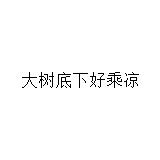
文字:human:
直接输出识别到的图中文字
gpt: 大树底下好乘凉